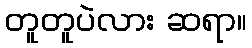
တူတူပဲလား ဆရာ။